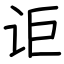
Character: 讵